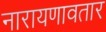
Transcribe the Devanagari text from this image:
नारायणावतार